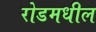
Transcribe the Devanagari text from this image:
रोडमधील